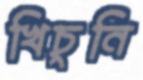
খিচুনি